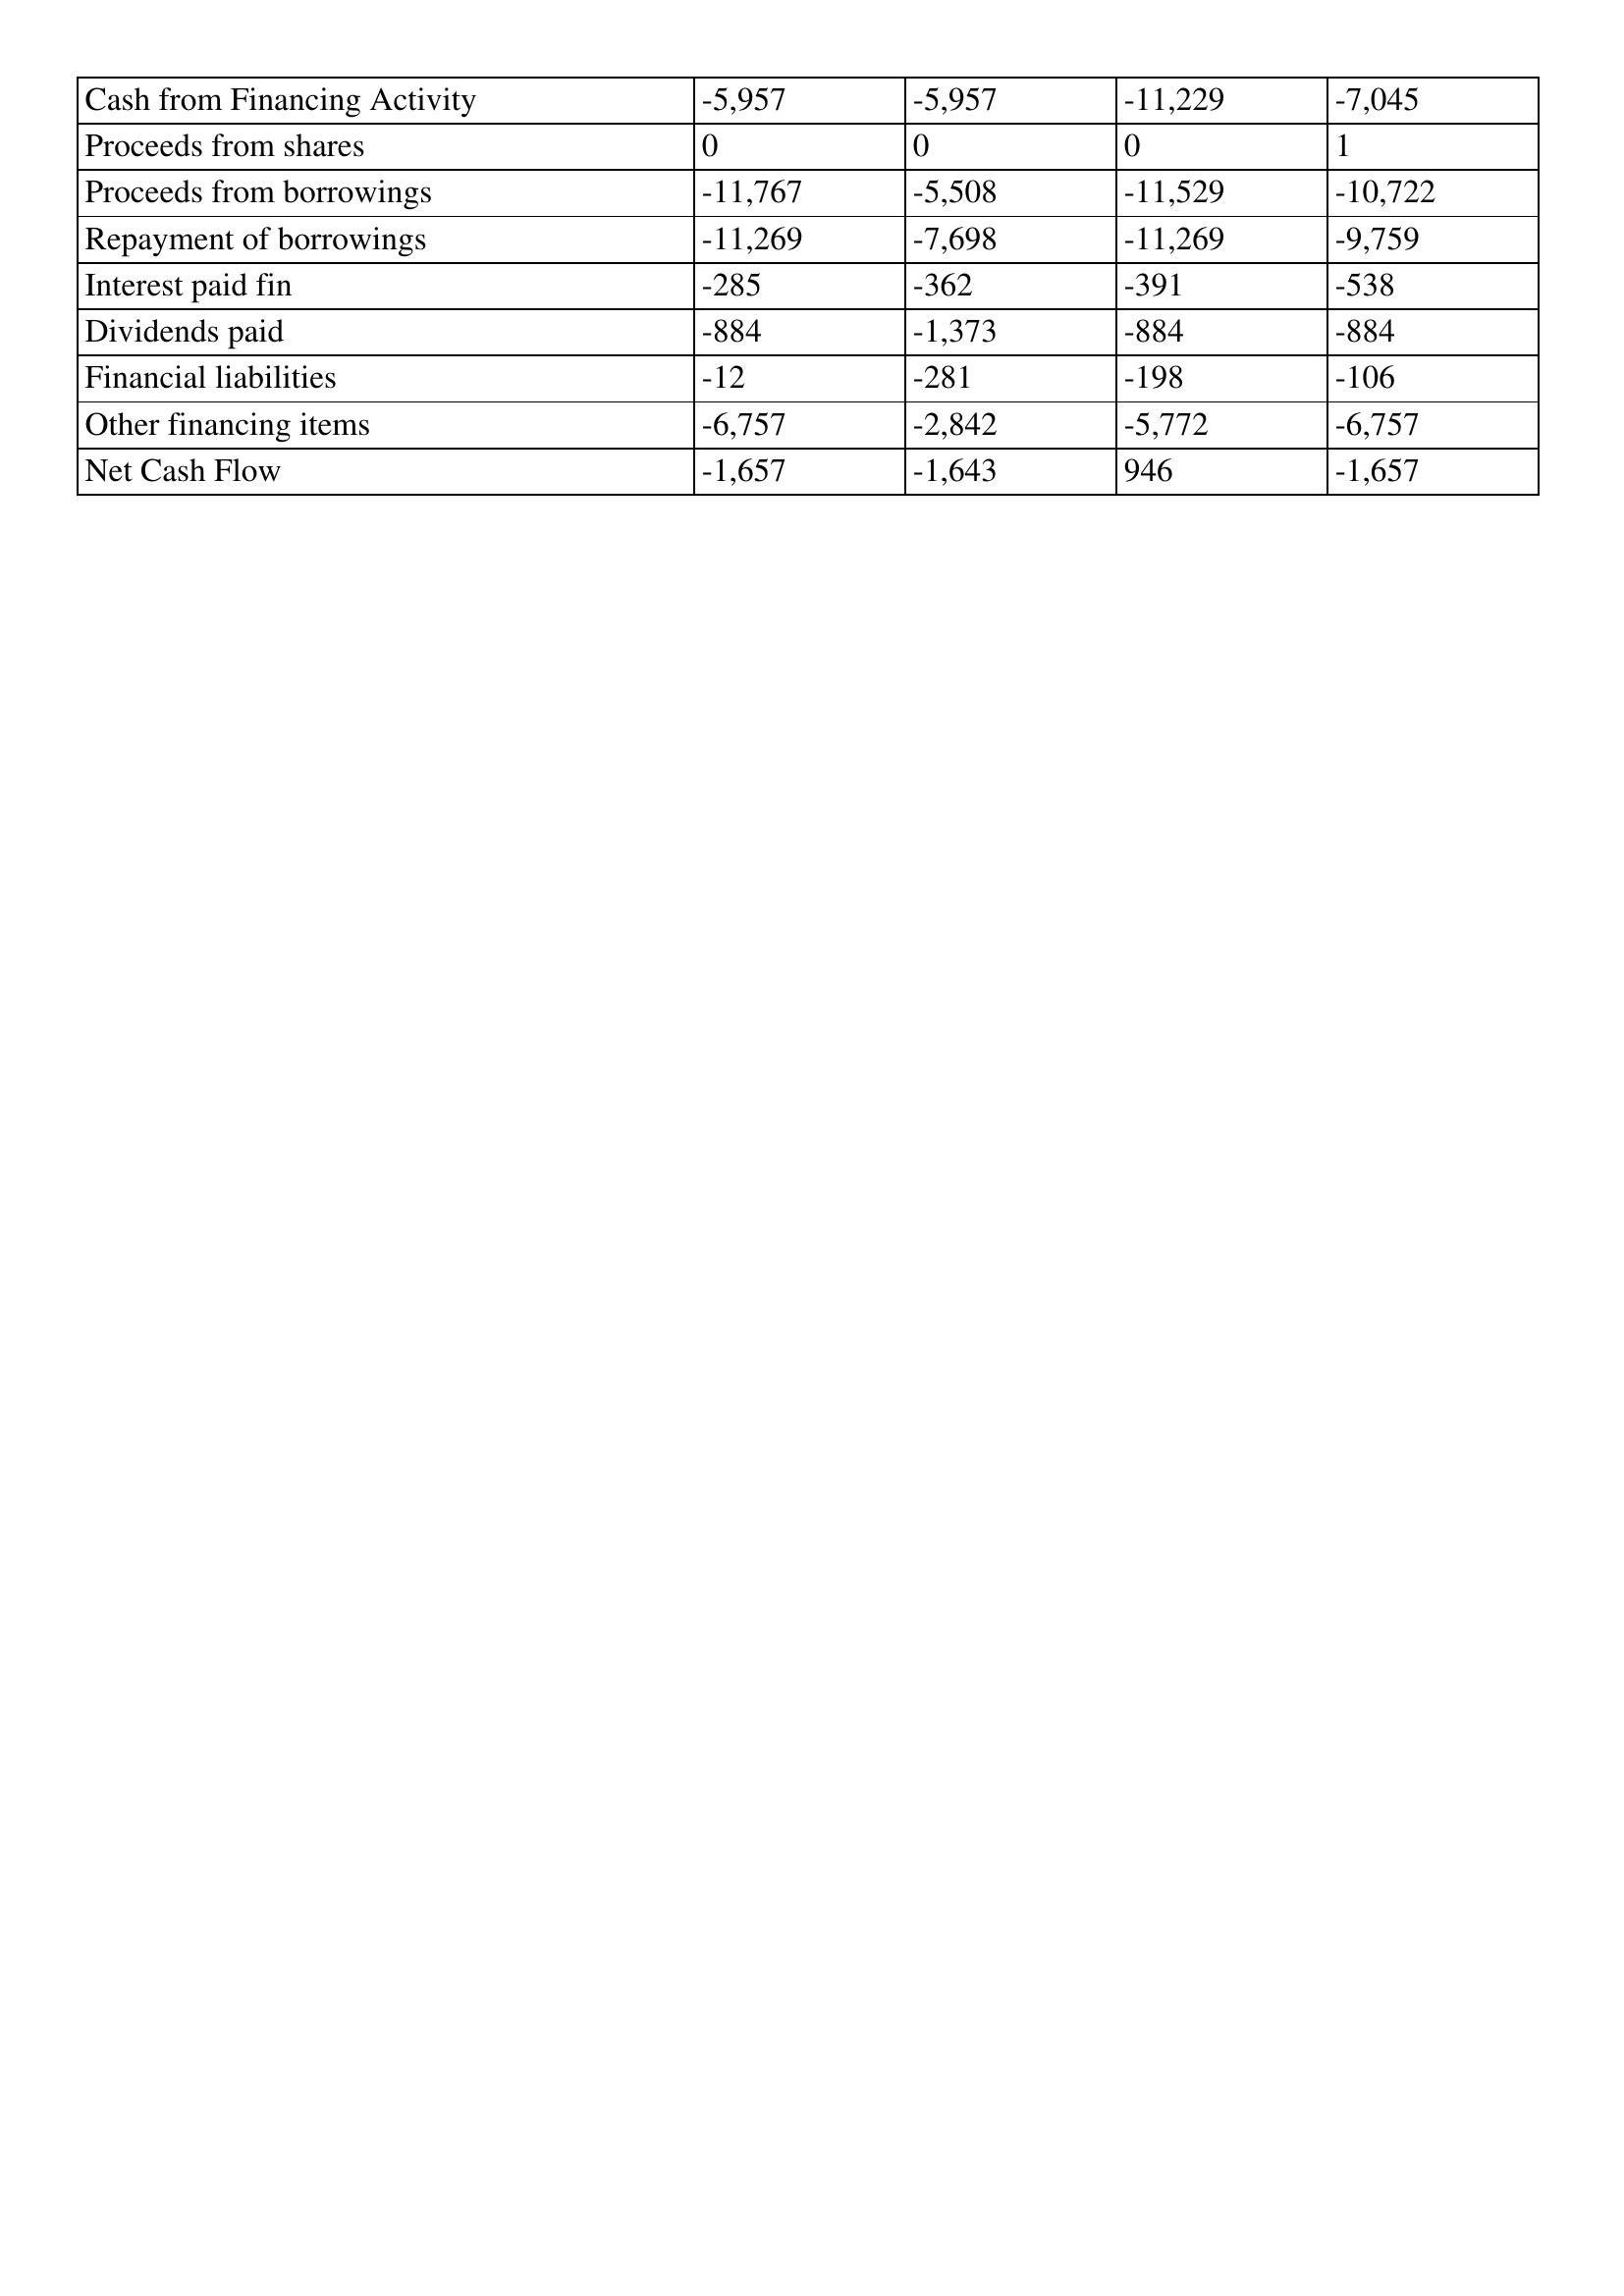
gt_parse: 2004: Cash Flows: Cash from Financing Activity: -5,957
Proceeds from shares: 0
Proceeds from borrowings: -11,767
Repayment of borrowings: -11,269
Interest paid fin: -285
Dividends paid: -884
Financial liabilities: -12
Other financing items: -6,757
Net Cash Flow: -1,657
2003: Cash Flows: Cash from Financing Activity: -5,957
Proceeds from shares: 0
Proceeds from borrowings: -5,508
Repayment of borrowings: -7,698
Interest paid fin: -362
Dividends paid: -1,373
Financial liabilities: -281
Other financing items: -2,842
Net Cash Flow: -1,643
2002: Cash Flows: Cash from Financing Activity: -11,229
Proceeds from shares: 0
Proceeds from borrowings: -11,529
Repayment of borrowings: -11,269
Interest paid fin: -391
Dividends paid: -884
Financial liabilities: -198
Other financing items: -5,772
Net Cash Flow: 946
2001: Cash Flows: Cash from Financing Activity: -7,045
Proceeds from shares: 1
Proceeds from borrowings: -10,722
Repayment of borrowings: -9,759
Interest paid fin: -538
Dividends paid: -884
Financial liabilities: -106
Other financing items: -6,757
Net Cash Flow: -1,657